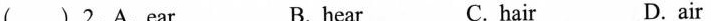
( ) 2.A.ear B. hear C. hair D. air